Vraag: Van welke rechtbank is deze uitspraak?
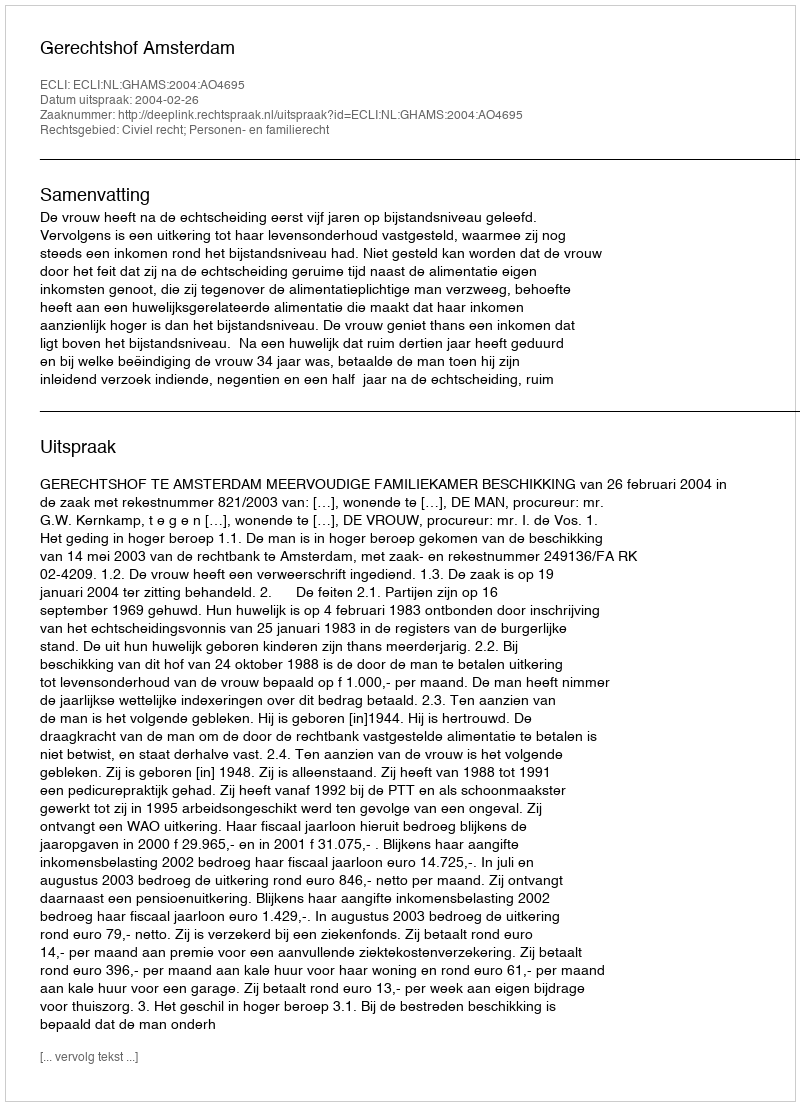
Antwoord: Gerechtshof Amsterdam